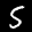
Label: 5